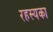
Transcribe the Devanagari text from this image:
रहस्यका